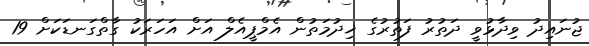
ޖުނައިދު ވިދާޅުވީ ދަތުރު ފަތުރުގެ ޚިދުމަތުން އެމްޕީއެލް އަށް އަހަރަކު ގާތްގަނޑަކަށް 19